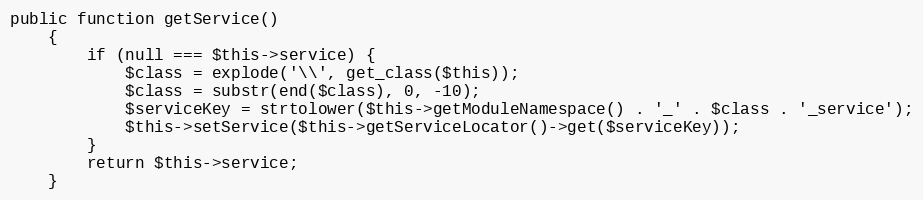
Language: PHP
public function getService()
    {
        if (null === $this->service) {
            $class = explode('\\', get_class($this));
            $class = substr(end($class), 0, -10);
            $serviceKey = strtolower($this->getModuleNamespace() . '_' . $class . '_service');
            $this->setService($this->getServiceLocator()->get($serviceKey));
        }
        return $this->service;
    }